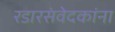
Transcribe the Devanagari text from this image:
रडारसंवेदकांना